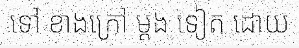
ទៅ ខាងក្រៅ ម្តង ទៀត ដោយ